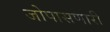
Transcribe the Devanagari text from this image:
जोपासणारी